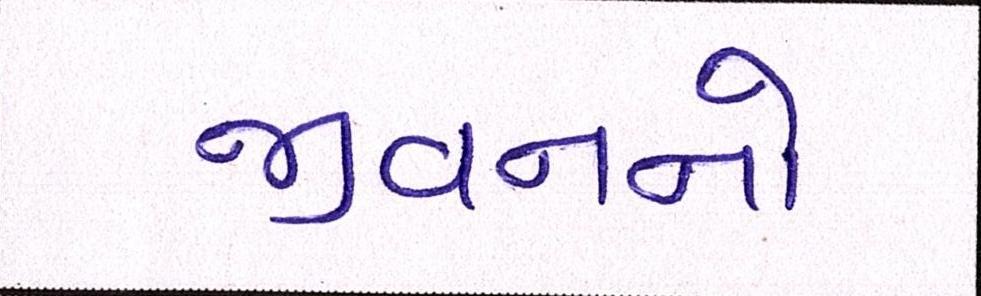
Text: જીવનનો